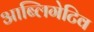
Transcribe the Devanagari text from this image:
आब्लिगेटिव